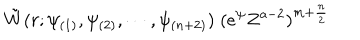
\tilde { W } ( r ; \psi _ { ( 1 ) } , \psi _ { ( 2 ) } , \cdots , \psi _ { ( n + 2 ) } ) \; ( e ^ { \psi } Z ^ { a - 2 } ) ^ { m + \frac { n } { 2 } } \;